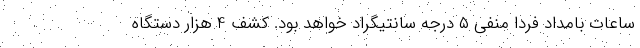
ساعات بامداد فردا منفی ۵ درجه سانتیگراد خواهد بود. کشف 4 هزار دستگاه